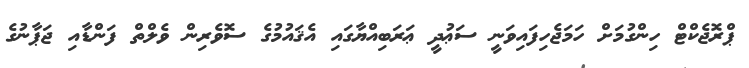
ޕްރޮޖެކްޓް ހިންގުމަށް ހަމަޖެހިފައިވަނީ ސަޢުދީ ޢަރަބިއްޔާގައި އެޤައުމުގެ ސޮވެރިން ވެލްތް ފަންޑާއި ޖަޕާނުގެ